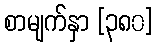
စာမျက်နှာ [၃၈၀]